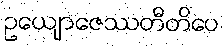
ဥယျောဇေဿတီတိပေ